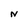
Character: N